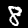
Digit: 8